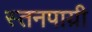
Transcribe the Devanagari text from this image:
स्तनपाय़ी